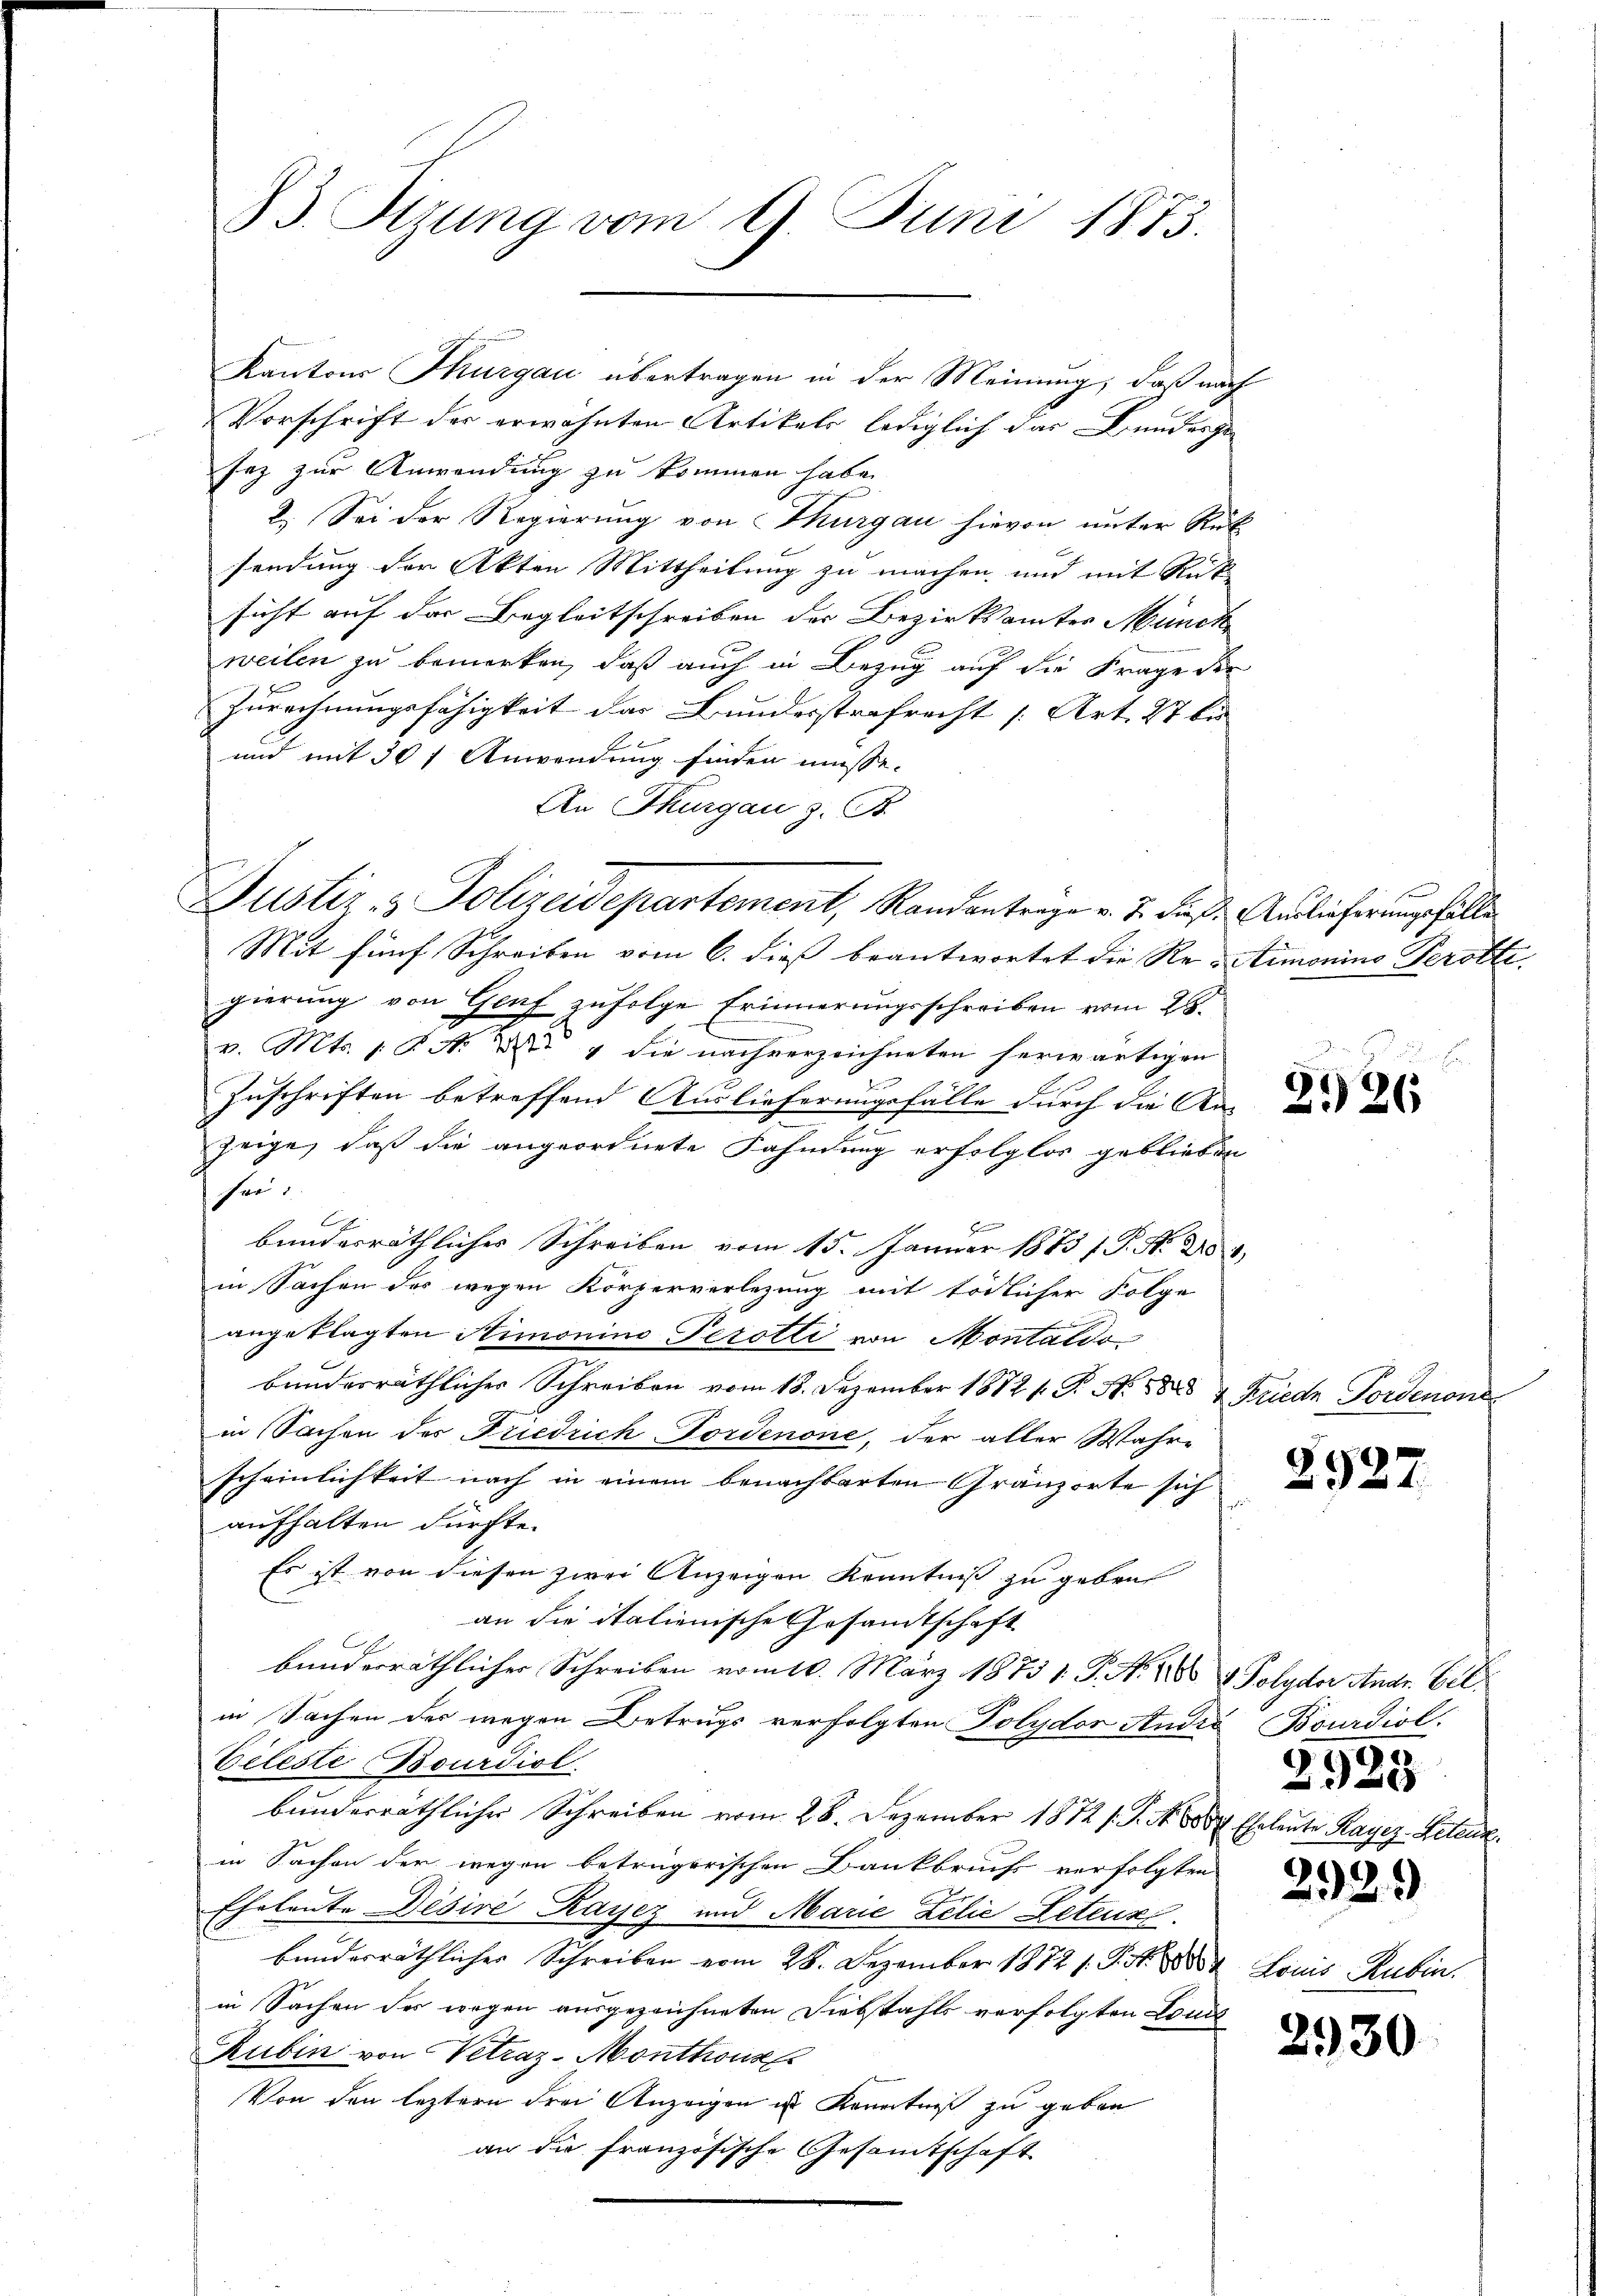
23. Sitzung vom 9. Juni 1873.

Vorschrift der erwähnten Artikels lediglich das Bundesge
sez zur Anwendung zu kommen habe.
2. Sei der Regierung von Thurgau hievon unter Rück
sendung der Akten Mittheilung zu machen und mit Rut
sicht auf der Begleitschreiben der Bezirksamtes Münck
weilen zu bemerken, daß auch in Bezug auf die Frage der
Zurechnungsfähigkeit der Bundesstrafrecht [Art. 27 bis
und mit 30 t Anwendung finden müsse.
An Thurgau z. B.
Mit fünf Schreiben vom 6. dieß beantwortet die Re-Aimonino Perotte
gierŭng von Genf zŭfolge Erinnerungsschreiben vom 28.
v. Mts. 1. P. N. V 1 die nachverzeichneten herwärtigen
Zuschriften betreffend Auslieferungsfälle durch die An-
zeige, daß die angeordnete Fahndung erfolglos geblieben
fer
Be
bunderräthliches Schreiben vom 15. Januar 1873 f. P. M. D.
in Sachen des wegen Körperverlegung mit tödlicher Folge
angeklagten Simonino Perotti von Montaldo
bundesräthlicher Schreiben vom 18. Dezember 18721. P. N. 588 & Friede Fordenone
in Sachen der Friedrich-Tordenone, der aller Wahrscheinlichkeit nach in einem benachbarten Gränzorte sich
aufhalten dürfte.
Es ist von diesen zwei Anzeigen Kenntniß zu geben
an die italienische Gesandtschaft
d
bunderräthlicher Schreiben vom 10. März 1873 1. P. N. 1863 & Polyder Andr. Vilin Sachen der wegen Betrugs verfolgten Polydor André Bourdiol
Celeste Bourdiol
bunderräthlicher Schreiben vom 28. Dezember 1872 s. S. Nr. 684. Eheleute Kayez-Petenz
in Sachen der wegen beträgerischen Bankbruch verfolgten e
Eheleute Desiré Rayez und Marie Zelie Letenz
bundesräthlicher Schreiben vom 28. Dezember 1872 s. Got
in Sachen des wegen ausgezeichneten Diebstahls verfolgten Louis
Rubin von Vetraz-Monthons
Von den leztern drei Anzeigen in Kenntniß zu geben
an die französische Gesamtschaft

Kantons Thurgau übertragen in der Meinung, daß nach

Justiz- & Polizeidepartement, Randantrage v. J. dieß. Auslieferungsfälle

E

Lous

2926

2927

3928

2930

Hubere